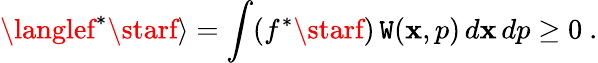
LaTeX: \langlef^{*}\starf\rangle=\int(f^{*}\starf)\, \mathtt{W}(\mathbf{x},p)\, d\mathbf{x}\, dp\geq0~.